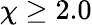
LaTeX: \chi\geq 2.0